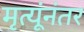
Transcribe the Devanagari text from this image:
मृत्यूंनंतर